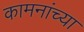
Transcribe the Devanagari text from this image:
कामनांच्या